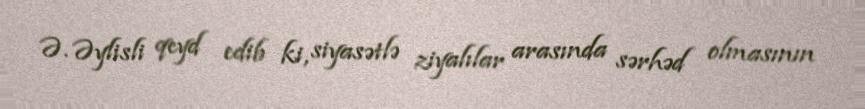
Ə. Əylisli qeyd edib ki, siyasətlə ziyalılar arasında sərhəd olmasının